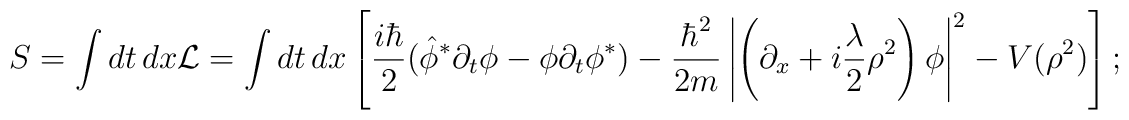
S=\int dt\,dx{\cal L}=\int dt\,dx\left [ \frac{i\hbar}{2}(\hat{\phi}^{*}\partial_{t}{\phi}-{\phi}\partial_{t}{\phi}^{*})-\frac{\hbar^2}{2m}\left|\left(\partial_x +i{\lambda\over 2}\rho^2\right) \phi\right|^{2}-V(\rho^2)\right ];